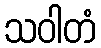
သဝါတံ